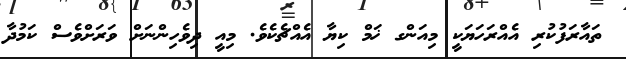
ތައާރަފުކުރި އެއްރަހަޔަކީ މިއަންގ ޚަމް ކިޔާ އެއްޗެކެވެ. މިއީ ދިވެހިންނަށް ވަރަށްވެސް ކަމުދާ